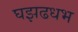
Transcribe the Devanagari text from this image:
घझढधभ